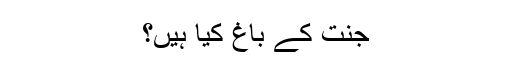
جنت کے باغ کیا ہیں؟